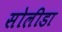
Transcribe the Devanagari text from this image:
सोलीडा